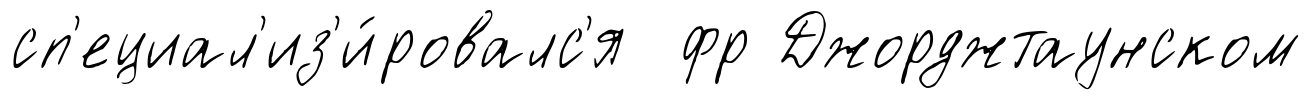
сп'ециал'из'и́ровалс'я фр Джорджтаунском